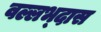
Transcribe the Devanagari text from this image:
वल्लभ्दास